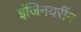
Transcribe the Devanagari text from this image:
इंजिनयरींग